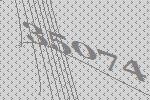
35074